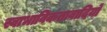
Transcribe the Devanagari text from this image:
स्वाभाविकतावादियों